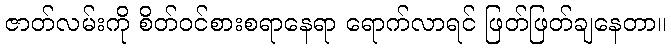
ဇာတ်လမ်းကို စိတ်ဝင်စားစရာနေရာ ရောက်လာရင် ဖြတ်ဖြတ်ချနေတာ။